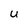
Character: U